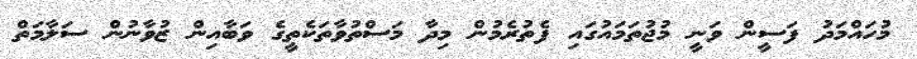
މުހައްމަދު ފަސީން ވަނީ މުޖުތަމައުގައި ފެތުރެމުން މިދާ މަސްތުވާތަކެތީގެ ވަބާއިން ޒުވާނުން ސަލާމަތް